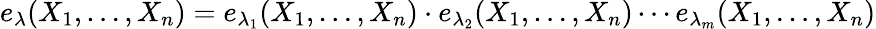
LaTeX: e_{\lambda}(X_{1},\dots,X_{n})=e_{\lambda_{1}}(X_{1},\dots,X_{n})\cdot e_{\lambda_{2}}(X_{1},\dots,X_{n})\cdots e_{\lambda_{m}}(X_{1},\dots,X_{n})